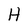
Character: H